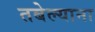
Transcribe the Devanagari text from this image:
तबेल्याना